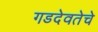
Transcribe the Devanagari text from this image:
गडदेवतेचे